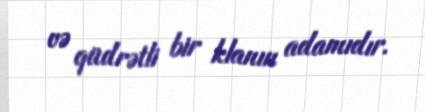
və qüdrətli bir klanın adamıdır.